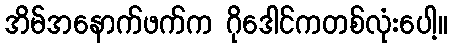
အိမ်အနောက်ဖက်က ဂိုဒေါင်ကတစ်လုံးပေါ့။